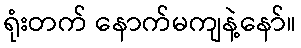
ရုံးတက် နောက်မကျနဲ့နော်။